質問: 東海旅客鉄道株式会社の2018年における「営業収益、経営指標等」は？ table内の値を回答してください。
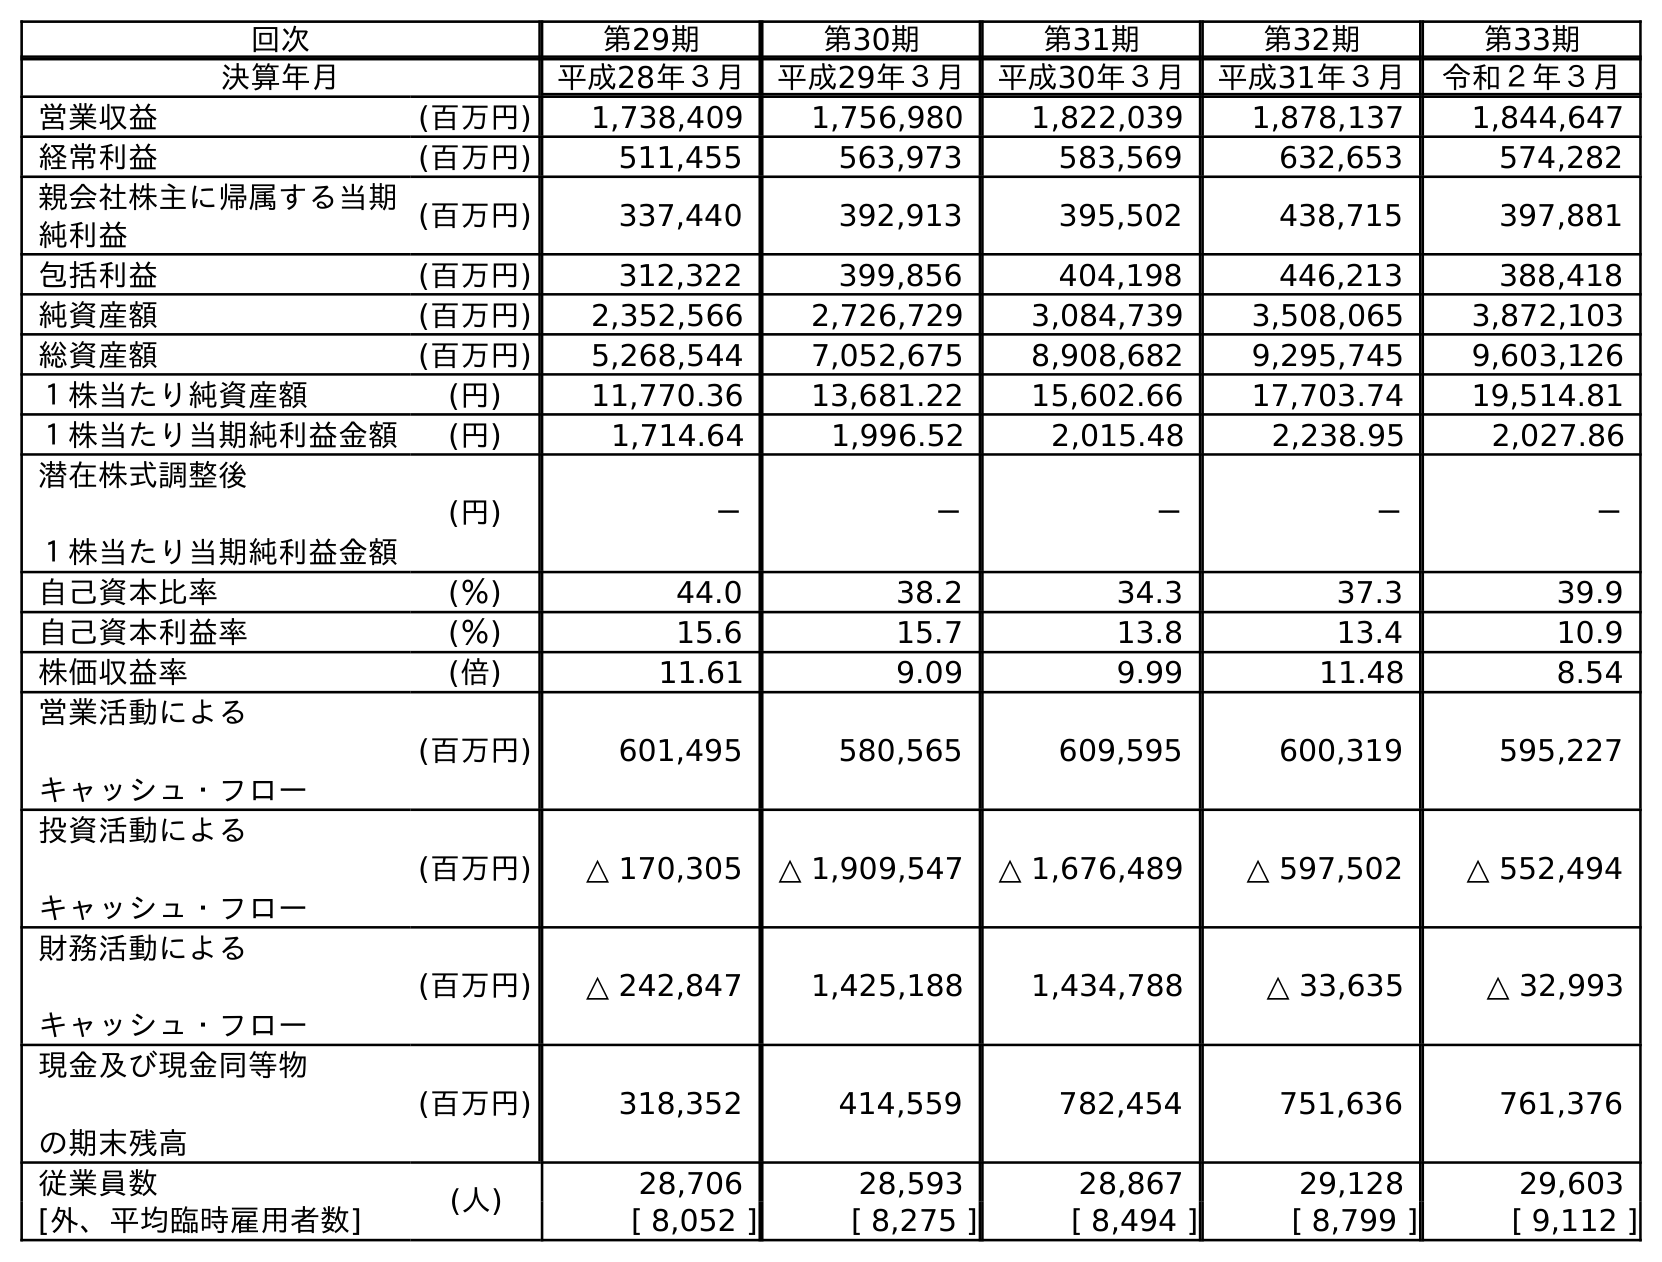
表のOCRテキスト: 回次 第29期 第30期 第31期 第32期 第33期 決算年月 平成28年３月 平成29年３月 平成30年３月 平成31年３月 令和２年３月 営業収益 (百万円) 1,738,409 1,756,980 1,822,039 1,878,137 1,844,647 経常利益 (百万円) 511,455 563,973 583,569 632,653 574,282 親会社株主に帰属する当期 純利益 (百万円) 337,440 392,913 395,502 438,715 397,881 包括利益 (百万円) 312,322 399,856 404,198 446,213 388,418 純資産額 (百万円) 2,352,566 2,726,729 3,084,739 3,508,065 3,872,103 総資産額 (百万円) 5,268,544 7,052,675 8,908,682 9,295,745 9,603,126 １株当たり純資産額 (円) 11,770.36 13,681.22 15,602.66 17,703.74 19,514.81 １株当たり当期純利益金額 (円) 1,714.64 1,996.52 2,015.48 2,238.95 2,027.86 潜在株式調整後 １株当たり当期純利益金額 (円) － － － － － 自己資本比率 (％) 44.0 38.2 34.3 37.3 39.9 自己資本利益率 (％) 15.6 15.7 13.8 13.4 10.9 株価収益率 (倍) 11.61 9.09 9.99 11.48 8.54 営業活動による キャッシュ・フロー (百万円) 601,495 580,565 609,595 600,319 595,227 投資活動による キャッシュ・フロー (百万円) △ 170,305 △ 1,909,547 △ 1,676,489 △ 597,502 △ 552,494 財務活動による キャッシュ・フロー (百万円) △ 242,847 1,425,188 1,434,788 △ 33,635 △ 32,993 現金及び現金同等物 の期末残高 (百万円) 318,352 414,559 782,454 751,636 761,376 従業員数 (人) 28,706 28,593 28,867 29,128 29,603 [外、平均臨時雇用者数] [ 8,052 ] [ 8,275 ] [ 8,494 ] [ 8,799 ] [ 9,112 ]
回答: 1,822,039